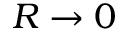
R \rightarrow 0